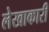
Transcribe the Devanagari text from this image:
लेखाकारी